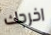
اخرجك